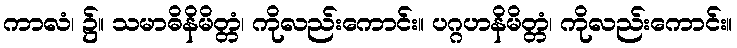
ကာလံ၊ ၌။ သမာဓိနိမိတ္တံ၊ ကိုလည်းကောင်း။ ပဂ္ဂဟနိမိတ္တံ၊ ကိုလည်းကောင်း။